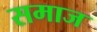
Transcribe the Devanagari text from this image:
समाज